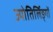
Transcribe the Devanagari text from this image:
ज्योतिर्लिङ्गों